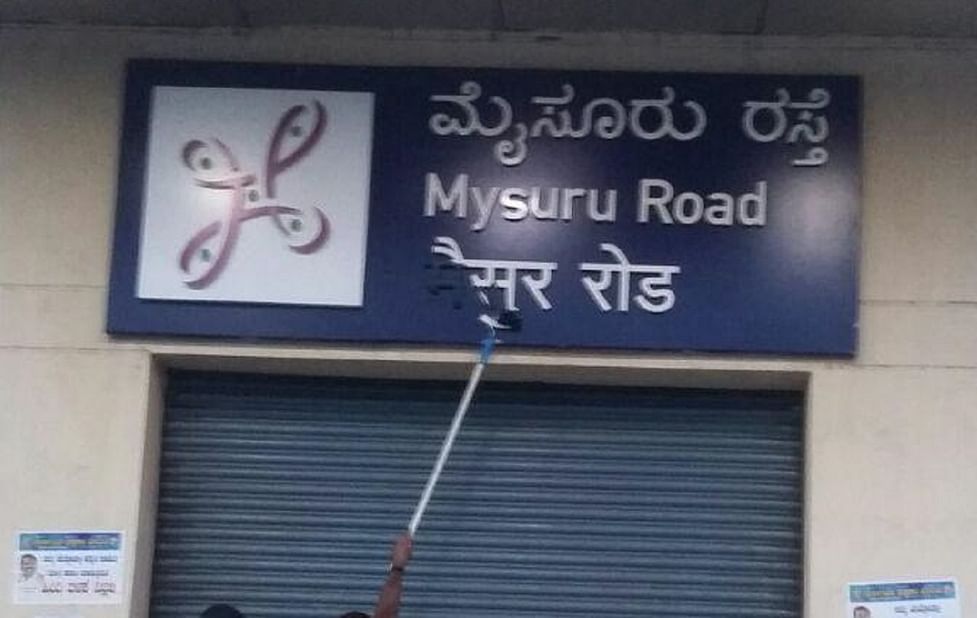
Language: kannada
Transcription: ರಸ್ತೆ ಮೈಸೂರು